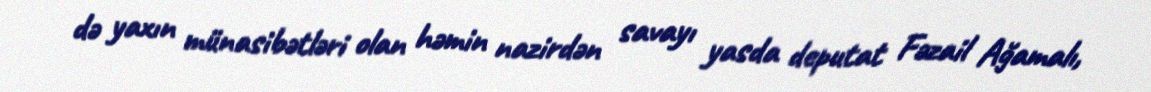
də yaxın münasibətləri olan həmin nazirdən savayı yasda deputat Fəzail Ağamalı,